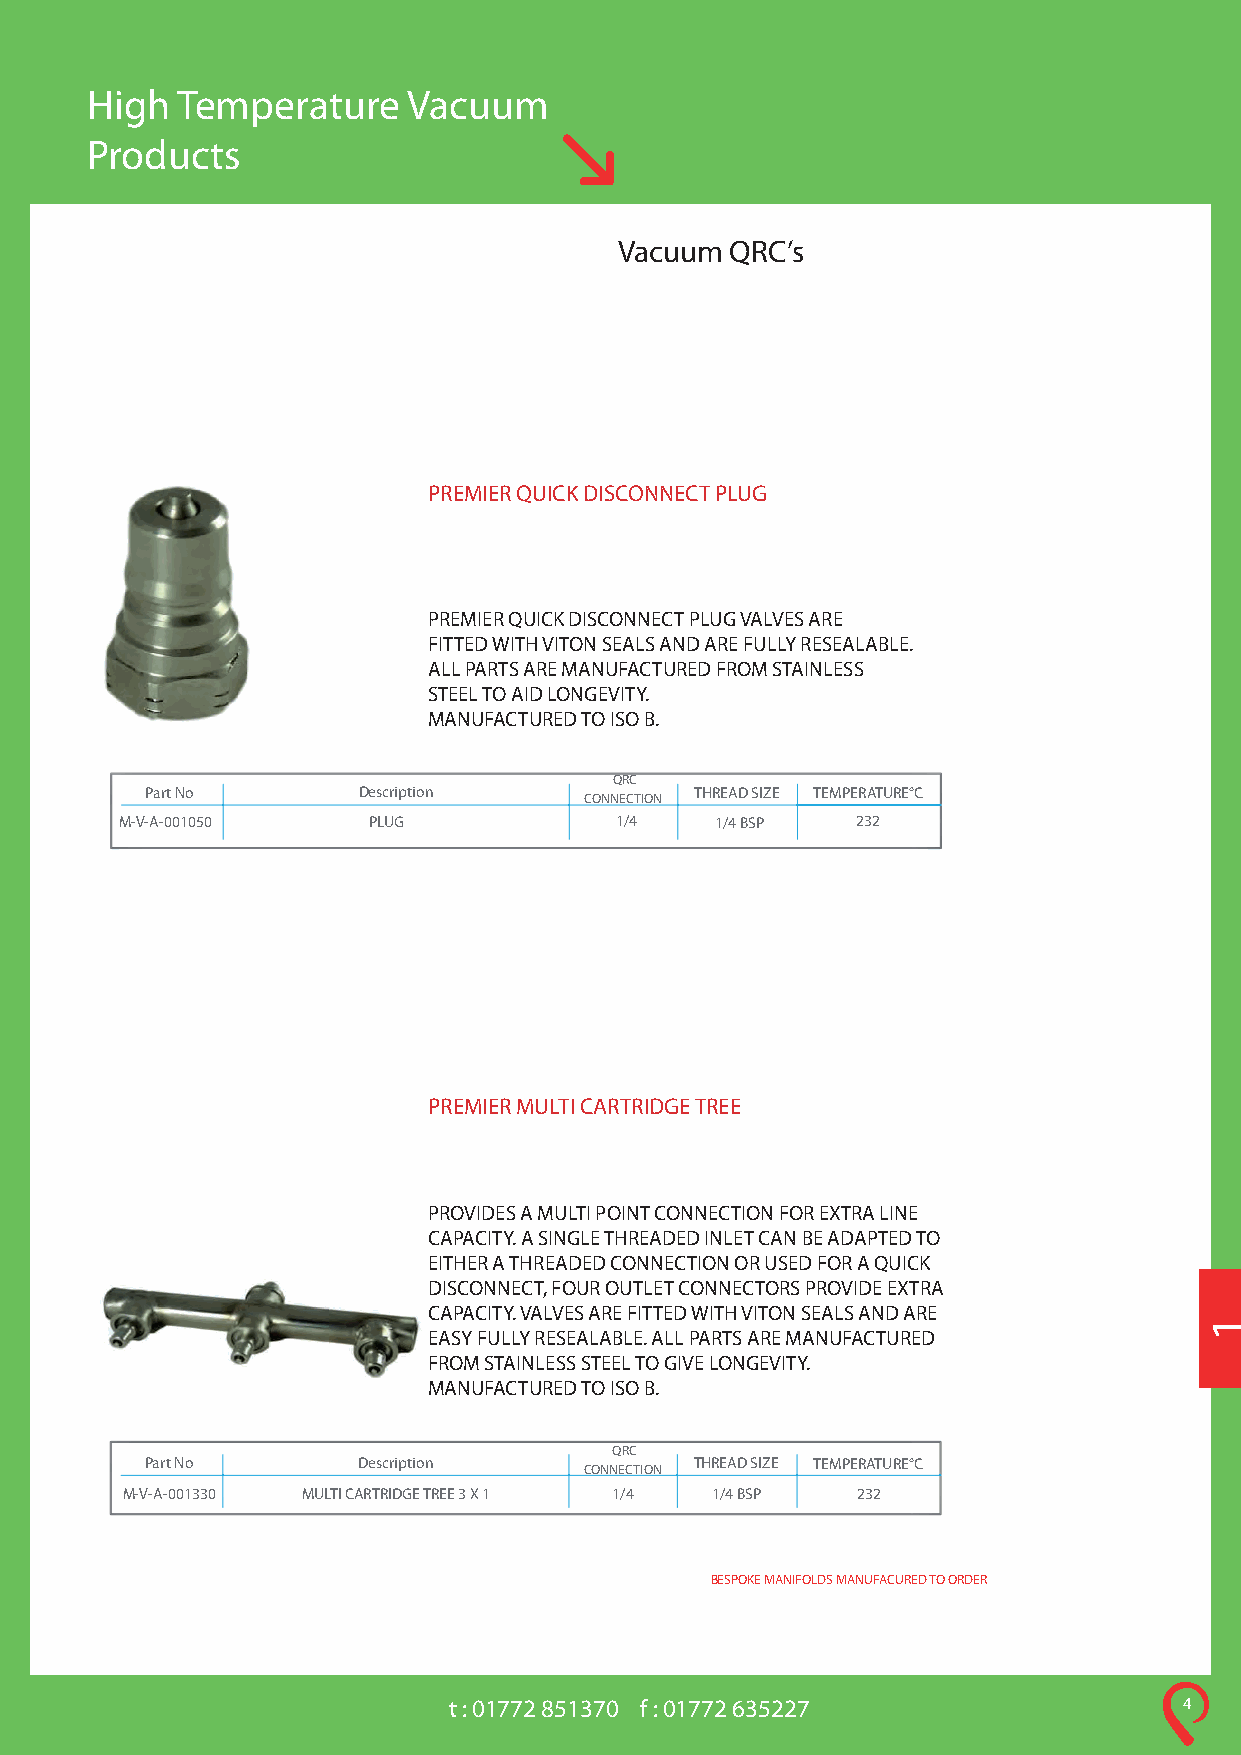
High  Temperature    Vacuum
 Products
 Vacuum QRC’s
 PREMIER QUICK DISCONNECT PLUG
 PREMIER QUICK DISCONNECT PLUG VALVES ARE
 FITTED WITH VITON SEALS AND ARE FULLY RESEALABLE.
 ALL PARTS ARE MANUFACTURED FROM STAINLESS
 STEEL TO AID LONGEVITY.
 MANUFACTURED TO ISO B.
 QRC
 Part No       Description
 CONNECTION
 THREAD SIZE TEMPERATURE°C
 MM--VV--AA--000011005500 PLPULUGG 11//44 11//44 BBSSPP 223322
 PREMIER MULTI CARTRIDGE TREE
 PROVIDES A MULTI POINT CONNECTION FOR EXTRA LINE
 CAPACITY. A SINGLE THREADED INLET CAN BE ADAPTED TO
 EITHER A THREADED CONNECTION OR USED FOR A QUICK
 DISCONNECT, FOUR OUTLET CONNECTORS PROVIDE EXTRA
 CAPACITY. VALVES ARE FITTED WITH VITON SEALS AND ARE
 EASY FULLY RESEALABLE. ALL PARTS ARE MANUFACTURED
 FROM STAINLESS STEEL TO GIVE LONGEVITY.
 MANUFACTURED TO ISO B.
 QRC
 Part No       Description
 CONNECTION
 THREAD SIZE TEMPERATURE°C
 M-V-A-001330 MULTI CARTRIDGE TREE 3 X 1 1/4 1/4 BSP 232
 BESPOKE MANIFOLDS MANUFACURED TO ORDER
 t : 01772 851370 f : 01772 635227               4
 1